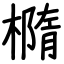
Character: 橢